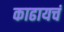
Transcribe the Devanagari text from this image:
काढायचं